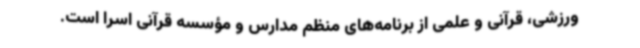
ورزشی، قرآنی و علمی از برنامه‌های منظم مدارس و مؤسسه قرآنی اسرا است.